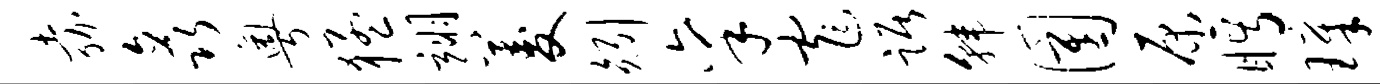
嘉矗粤猛翊菱矧禀窄踞韩圉原眄璋